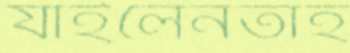
যাইলেনতাঁহ